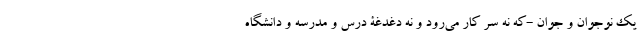
یک نوجوان و جوان -که نه سر کار می‌رود و نه دغدغۀ درس و مدرسه و دانشگاه